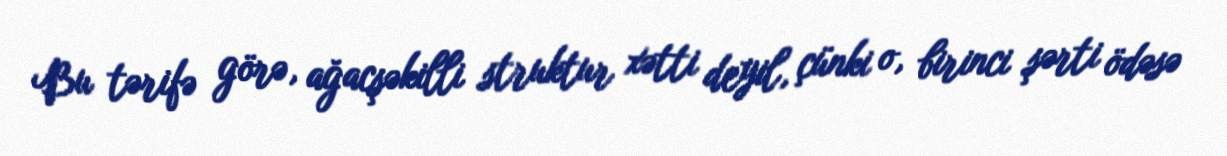
Bu tərifə görə, ağacşəkilli struktur xətti deyil, çünki o, birinci şərti ödəsə